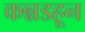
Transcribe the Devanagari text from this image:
कन्नडहून